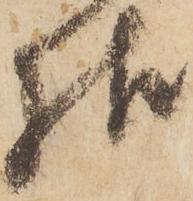
様